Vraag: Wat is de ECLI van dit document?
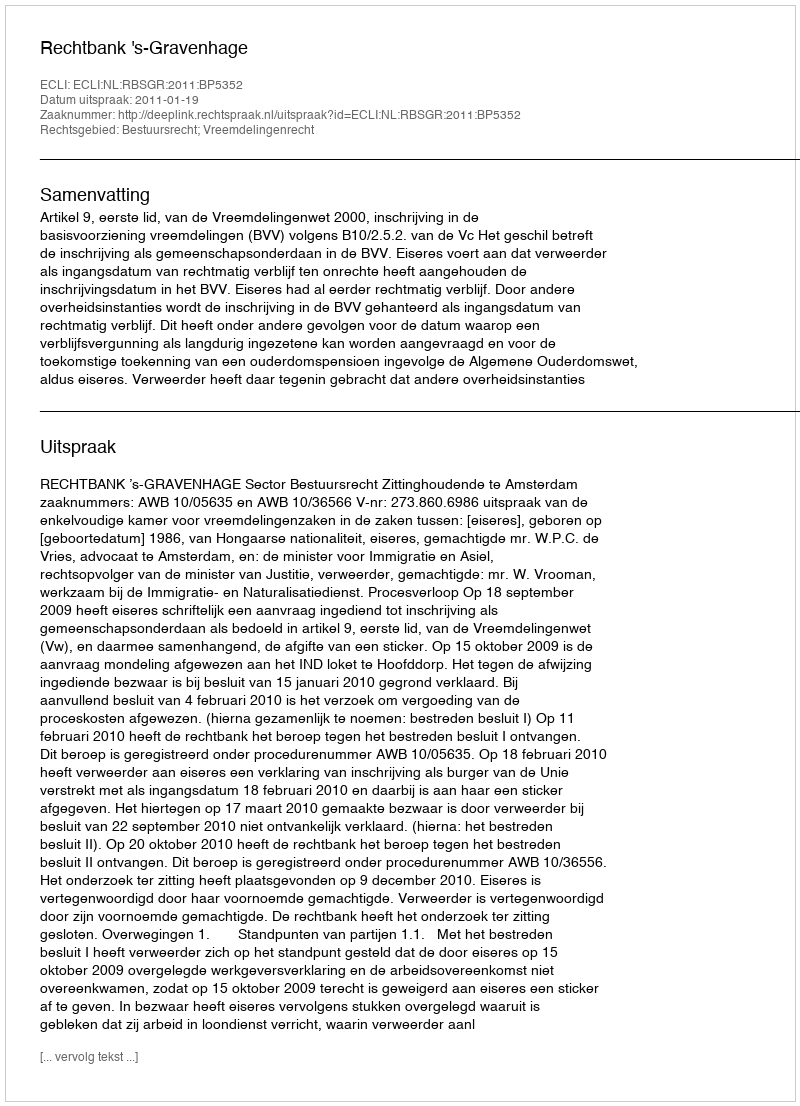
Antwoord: ECLI:NL:RBSGR:2011:BP5352